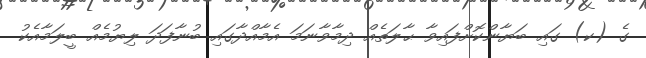
ގެ (ކ) ގައި ބަޔާންކޮށްފައިވާ ޙާލަތެއް ދިމާވާނަމަ އެމާއްދާގައި ބުނާފަދަ ލިޔުމެއް ބީލަމާއެކު